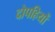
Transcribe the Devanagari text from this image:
दोपहियों